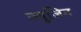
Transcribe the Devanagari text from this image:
ज्यूजिन